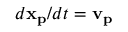
d \mathbf { x _ { p } } / d t = \mathbf { v _ { p } }